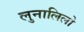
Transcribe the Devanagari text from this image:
लुनालिलो